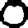
Digit: 0